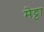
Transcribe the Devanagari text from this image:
मेट्टा